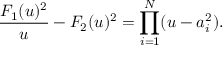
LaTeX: \frac { F _ { 1 } ( u ) ^ { 2 } } { u } - F _ { 2 } ( u ) ^ { 2 } = \prod _ { i = 1 } ^ { N } ( u - a _ { i } ^ { 2 } ) .